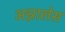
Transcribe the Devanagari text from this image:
अन्नालेस